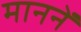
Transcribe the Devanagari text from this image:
माननें